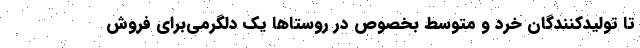
تا تولیدکنندگان خرد و متوسط بخصوص در روستاها یک دلگرمی‌برای فروش